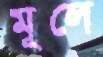
মূলে